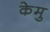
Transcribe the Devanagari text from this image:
केमु